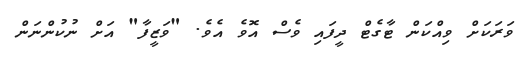
ވަރަކަށް ވިއްކަން ޓާގެޓް ދީފައި ވެސް އޮވެ އެވެ. "ވަޒީފާ" އަށް ނުކުންނަން